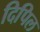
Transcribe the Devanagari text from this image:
दिपिल